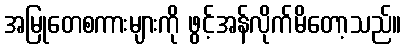
အမြုတေစကားများကို ဖွင့်အန်လိုက်မိတော့သည်။